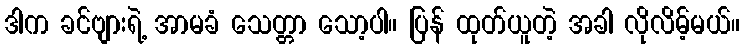
ဒါက ခင်ဗျားရဲ့ အာမခံ သေတ္တာ သော့ပါ။ ပြန် ထုတ်ယူတဲ့ အခါ လိုလိမ့်မယ်။